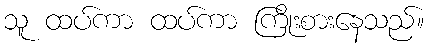
သူ ထပ်ကာ ထပ်ကာ ကြိုးစားနေသည်။